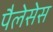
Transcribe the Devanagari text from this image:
पैलेसेस